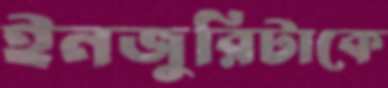
ইনজুরিটাকে